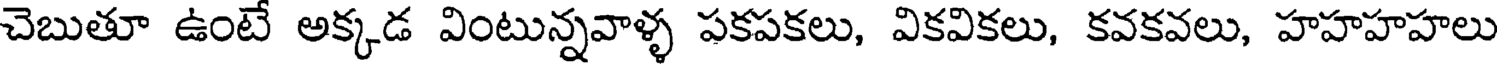
చెబుతూ ఉంటే అక్కడ వింటున్నవాళ్ళ పకపకలు, వికవికలు, కవకవలు, హహహహలు